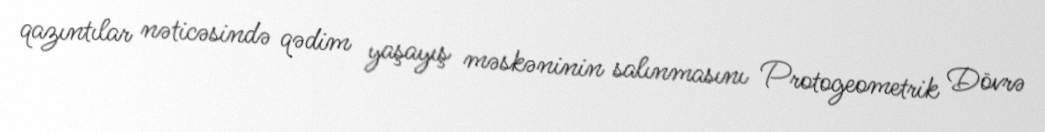
qazıntılar nəticəsində qədim yaşayış məskəninin salınmasını Protogeometrik Dövrə